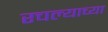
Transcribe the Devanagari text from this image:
रचल्याच्या